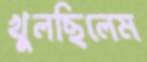
খুলছিলেম